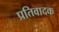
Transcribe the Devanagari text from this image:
प्रतिवादक